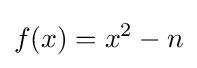
f(x)=x^{2}-n